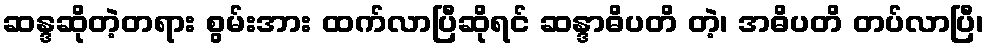
ဆန္ဒဆိုတဲ့တရား စွမ်းအား ထက်လာပြီဆိုရင် ဆန္ဒာဓိပတိ တဲ့၊ အဓိပတိ တပ်လာပြီ၊